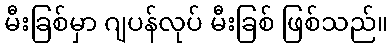
မီးခြစ်မှာ ဂျပန်လုပ် မီးခြစ် ဖြစ်သည်။